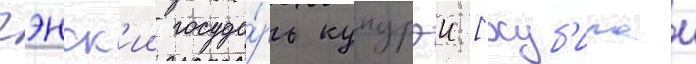
гэнск'ии госуда́рь купурэи [хуб'илаи